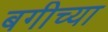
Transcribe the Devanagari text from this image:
बगीच्या